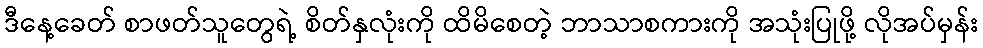
ဒီနေ့ခေတ် စာဖတ်သူတွေရဲ့ စိတ်နှလုံးကို ထိမိစေတဲ့ ဘာသာစကားကို အသုံးပြုဖို့ လိုအပ်မှန်း